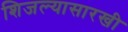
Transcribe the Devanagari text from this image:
शिजल्यासारखी